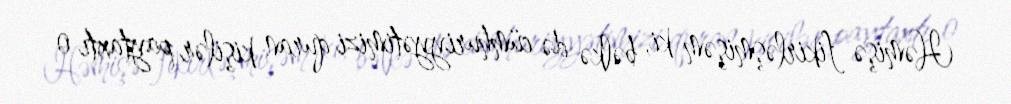
Həmişə fikirləşmişəm ki, bəlkə də cümhuriyyətimizi quran kişilər paytaxtı o